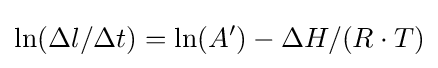
\ln(\Delta l/\Delta t)=\ln(A')-\Delta H/(R\cdot T)